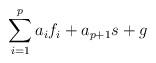
LaTeX: \begin{align*}\sum_{i=1}^p a_i f_i + a_{p+1} s + g\end{align*}